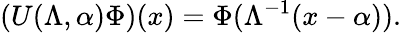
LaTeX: (U(\Lambda,\alpha)\Phi)(x)=\Phi(\Lambda^{-1}(x-\alpha)).